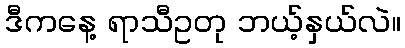
ဒီကနေ့ ရာသီဥတု ဘယ့်နှယ်လဲ။